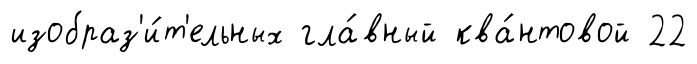
изобраз'и́т'ельных гла́вный ква́нтовой 22